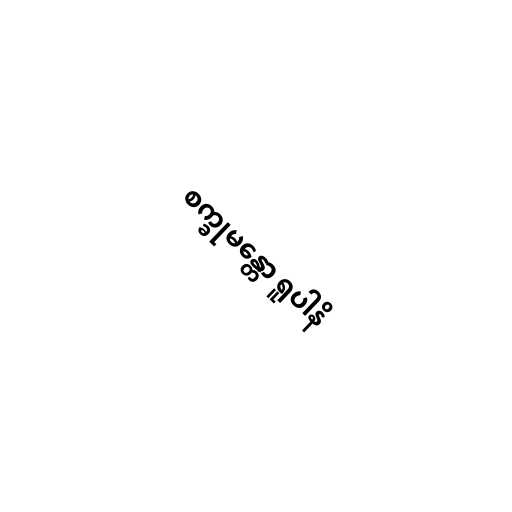
စက္ခုမန္တော ရူပါနိ